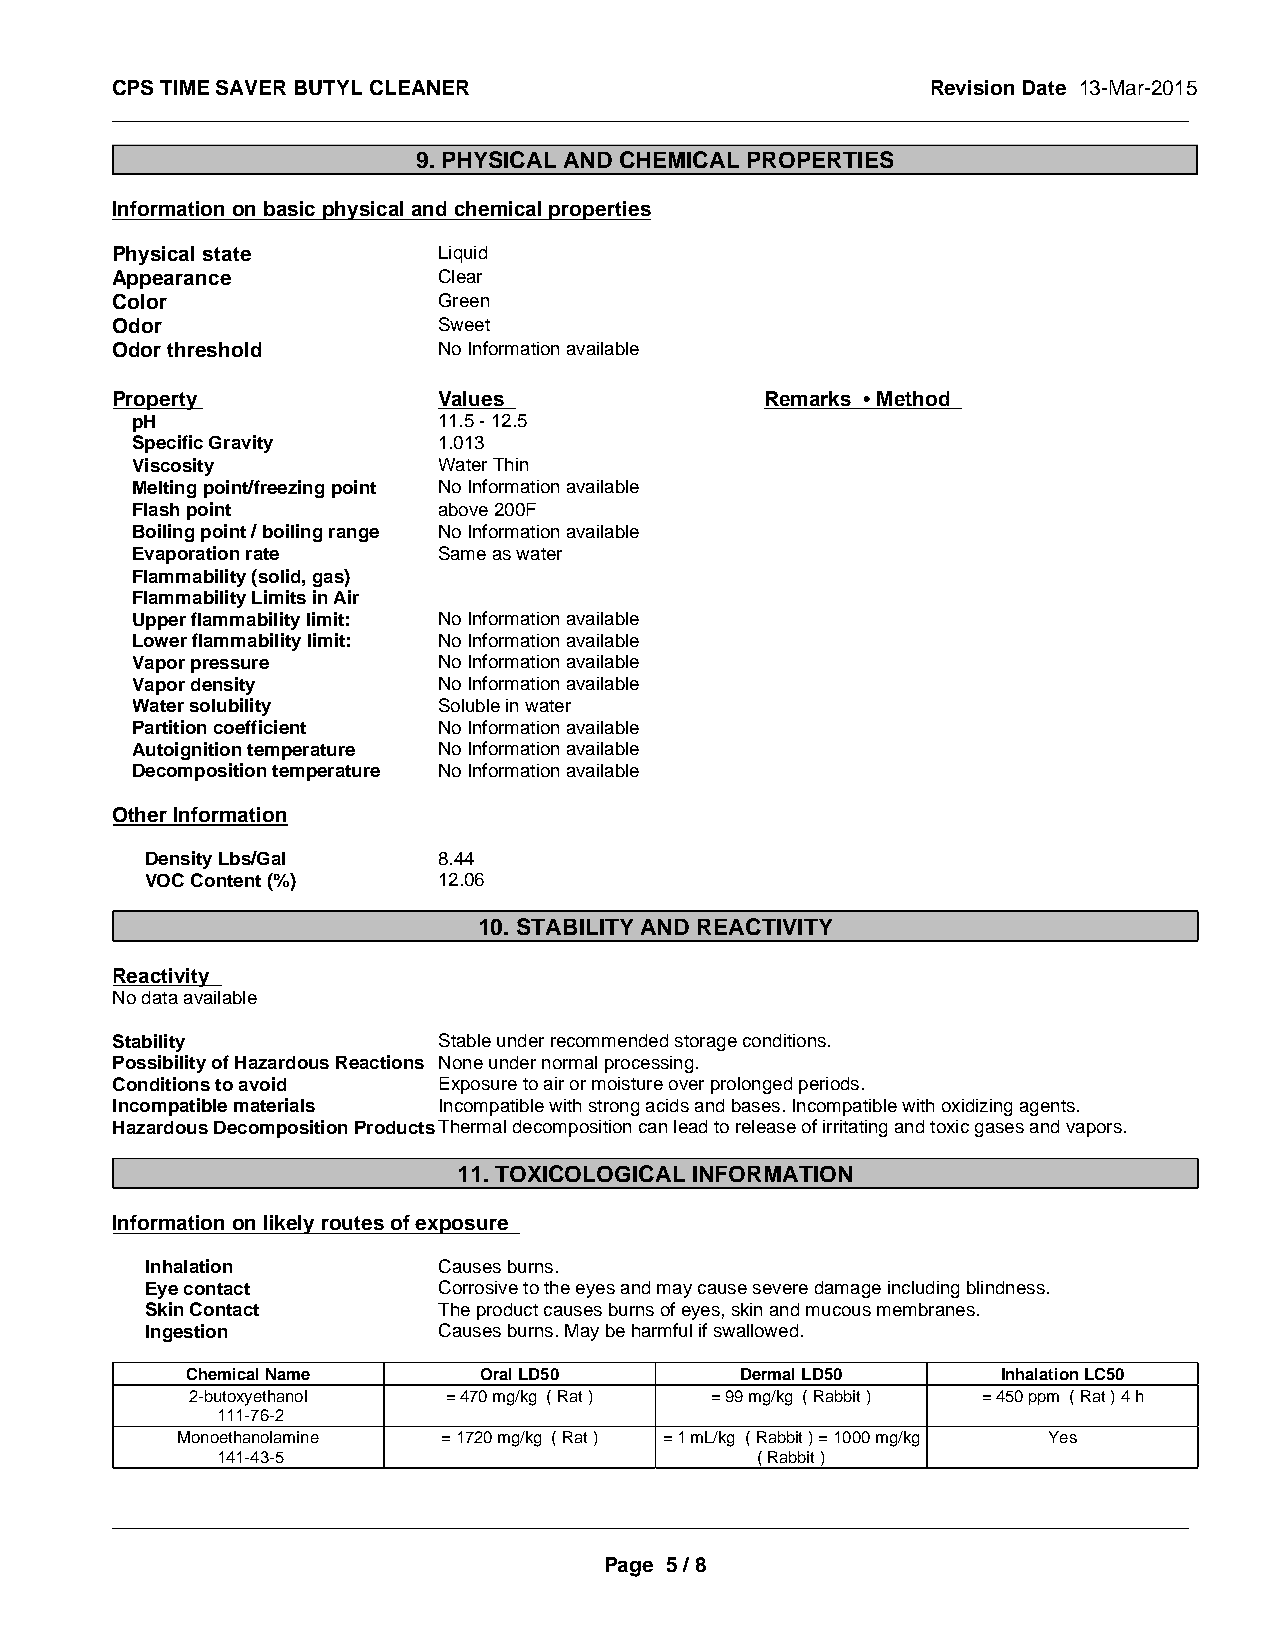
CPS TIME SAVER BUTYL CLEANER                           Revision Date 13-Mar-2015
 _____________________________________________________________________________________________
 9. PHYSICAL AND CHEMICAL PROPERTIES
 Information on basic physical and chemical properties
 Physical state        Liquid
 Appearance            Clear
 Color                 Green
 Odor                  Sweet
 Odor threshold        No Information available
 Property              Values                Remarks • Method
 pH                  11.5 - 12.5
 Specific Gravity    1.013
 Viscosity           Water Thin
 Melting point/freezing point No Information available
 Flash point         above 200F
 Boiling point / boiling range No Information available
 Evaporation rate    Same as water
 Flammability (solid, gas)
 Flammability Limits in Air
 Upper flammability limit: No Information available
 Lower flammability limit: No Information available
 Vapor pressure      No Information available
 Vapor density       No Information available
 Water solubility    Soluble in water
 Partition coefficient No Information available
 Autoignition temperature No Information available
 Decomposition temperature No Information available
 Other Information
 Density Lbs/Gal    8.44
 VOC Content (%)    12.06
 10. STABILITY AND REACTIVITY
 Reactivity
 No data available
 Stability             Stable under recommended storage conditions.
 Possibility of Hazardous Reactions None under normal processing.
 Conditions to avoid   Exposure to air or moisture over prolonged periods.
 Incompatible materials Incompatible with strong acids and bases. Incompatible with oxidizing agents.
 Hazardous Decomposition ProductsThermal decomposition can lead to release of irritating and toxic gases and vapors.
 11. TOXICOLOGICAL INFORMATION
 Information on likely routes of exposure
 Inhalation         Causes burns.
 Eye contact        Corrosive to the eyes and may cause severe damage including blindness.
 Skin Contact       The product causes burns of eyes, skin and mucous membranes.
 Ingestion          Causes burns. May be harmful if swallowed.
 Chemical Name       Oral LD50        Dermal LD50      Inhalation LC50
 2-butoxyethanol  = 470 mg/kg ( Rat ) = 99 mg/kg ( Rabbit ) = 450 ppm ( Rat ) 4 h
 111-76-2
 Monoethanolamine = 1720 mg/kg ( Rat ) = 1 mL/kg ( Rabbit ) = 1000 mg/kg Yes
 141-43-5                            ( Rabbit )
 _____________________________________________________________________________________________
 Page 5 / 8